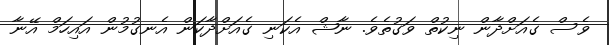
ވެސް ގެއަށްދާން ނިކުތް ވަގުތެވެ. ނާޝް އެކަނި ގެއަށްދާކަން އެނގުމުން އައިހަމް އޭނާ